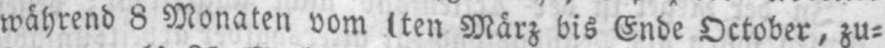
während 8 Monaten vom 1ten März bis Ende October, zu⸗